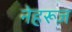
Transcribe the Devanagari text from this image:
नेहरूज़